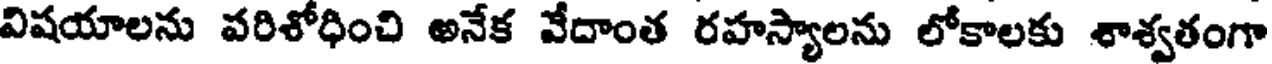
విషయాలను వరిశోధించి అనేక వేదాంత రహస్యాలను లోకాలకు శాశ్వతంగా